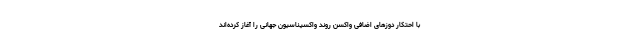
با احتکار دوزهای اضافی واکسن روند واکسیناسیون جهانی را آغاز کرده‌اند